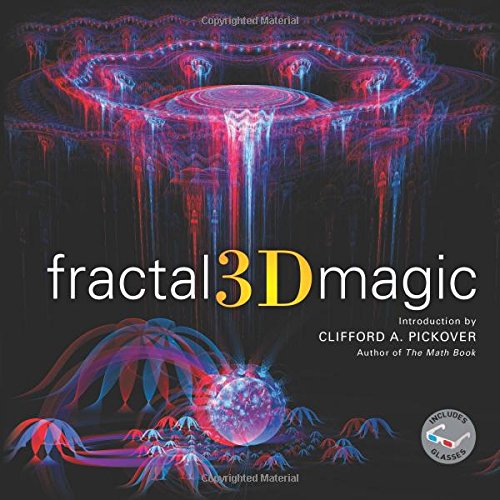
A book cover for Fractal 3D Magic; Arts & Photography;